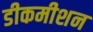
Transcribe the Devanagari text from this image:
डीकमीशन